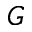
G